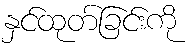
နှင်ထုတ်ခြင်းကို